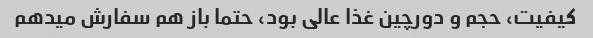
کیفیت، حجم و دورچین غذا عالی بود، حتما باز هم سفارش میدهم